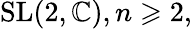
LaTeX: {\mathrm{SL}}(2,\mathbb{C}),n\geqslant 2,